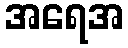
အရေအ